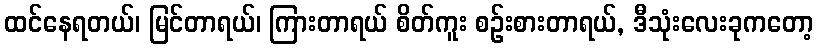
ထင်နေရတယ်၊ မြင်တာရယ်၊ ကြားတာရယ် စိတ်ကူး စဉ်းစားတာရယ်, ဒီသုံးလေးခုကတော့